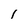
Character: 1